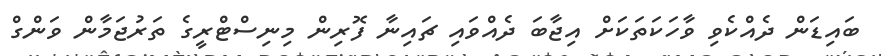
ބައިޑަން ދެއްކެވި ވާހަކަތަކަށް އިޖާބަ ދެއްވައި ޗައިނާ ފޮރިން މިނިސްޓްރީގެ ތަރުޖަމާން ވަންގް